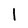
Character: 1